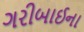
ગરીબાઈના